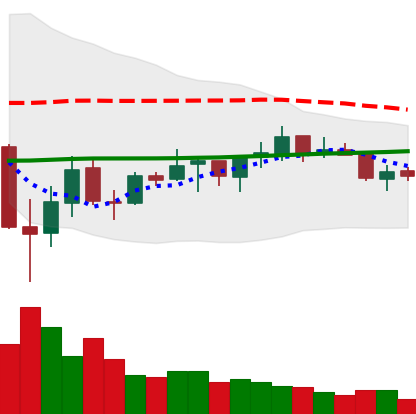
Ticker: ADA-USD
Chart end date: 2021-07-10
Forward return: -8.45%
Label: down_7plus